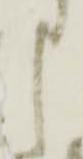
申